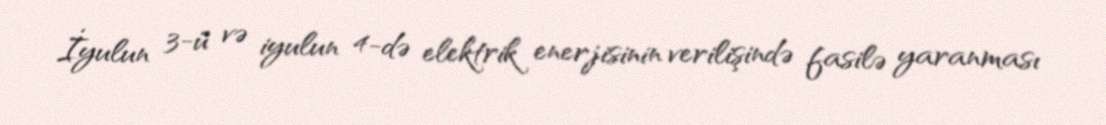
İyulun 3-ü və iyulun 4-də elektrik enerjisinin verilişində fasilə yaranması